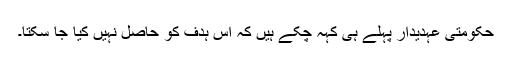
حکومتی عہدیدار پہلے ہی کہہ چکے ہیں کہ اس ہدف کو حاصل نہیں کیا جا سکتا۔